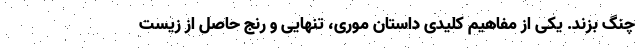
چنگ بزند. یکی از مفاهیم کلیدی داستان موری، تنهایی و رنج حاصل از زیست